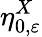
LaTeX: \eta_{0,\varepsilon}^{X}